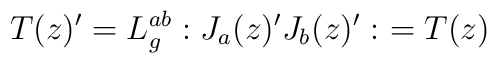
T(z)' = L_g^{ab} : J_a (z)' J_b (z)' : \ = T(z)